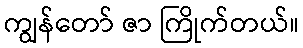
ကျွန်တော် ဇာ ကြိုက်တယ်။